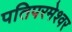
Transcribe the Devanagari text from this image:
पतिपरमेश्वर